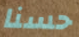
حسنا